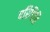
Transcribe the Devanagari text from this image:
परिचिति